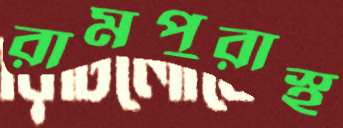
রামপুরাস্থ